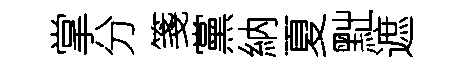
掌分箋黨納夏黜遮